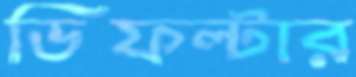
ডিফল্টার